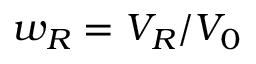
w _ { R } = V _ { R } / V _ { 0 }